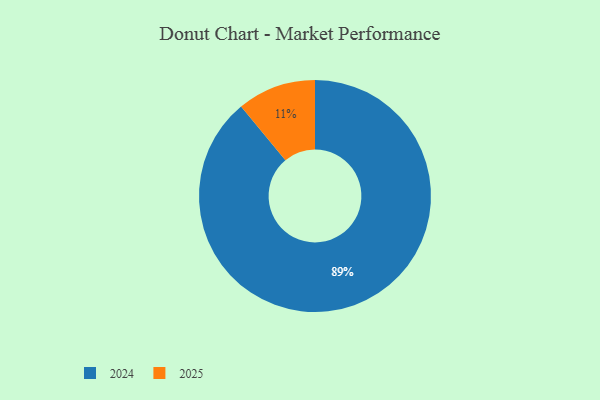
{"axis": {"x": "Category", "y": "Percentage"}, "legend": ["2024", "2025"], "data": [{"x": "2024", "y": 89, "type": "2024"}, {"x": "2025", "y": 11, "type": "2025"}]}